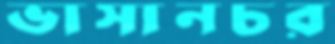
ভাসানচর